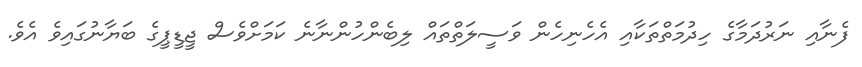
ފެނާއި ނަރުދަމާގެ ހިދުމަތްތަކާއި އެހެނިހެން ވަސީލަތްތައް ލިބެންހުންނާނެ ކަމަށްވެސް ޖީޑީޕީގެ ބަޔާނުގައިވެ އެވެ.